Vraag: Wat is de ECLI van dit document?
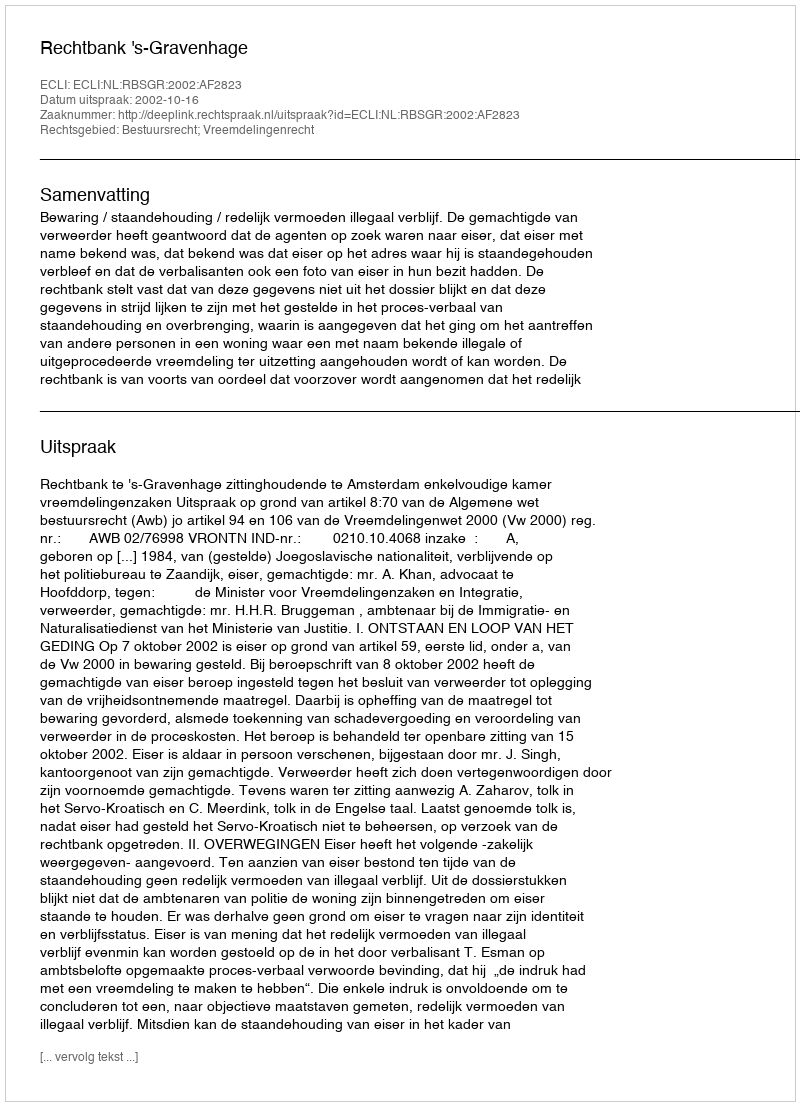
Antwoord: ECLI:NL:RBSGR:2002:AF2823